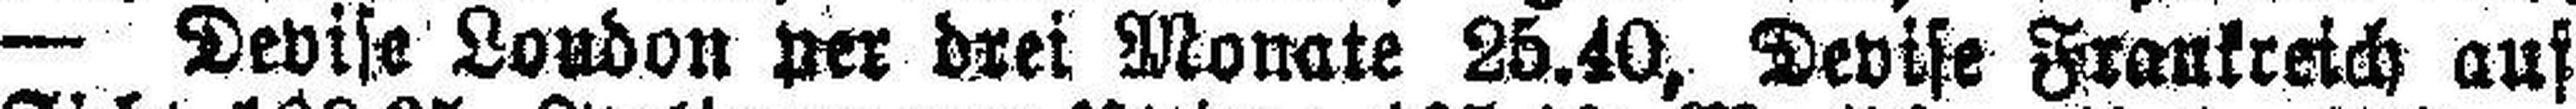
— Devise London per drei Monate 25.40, Devise Frankreich auf